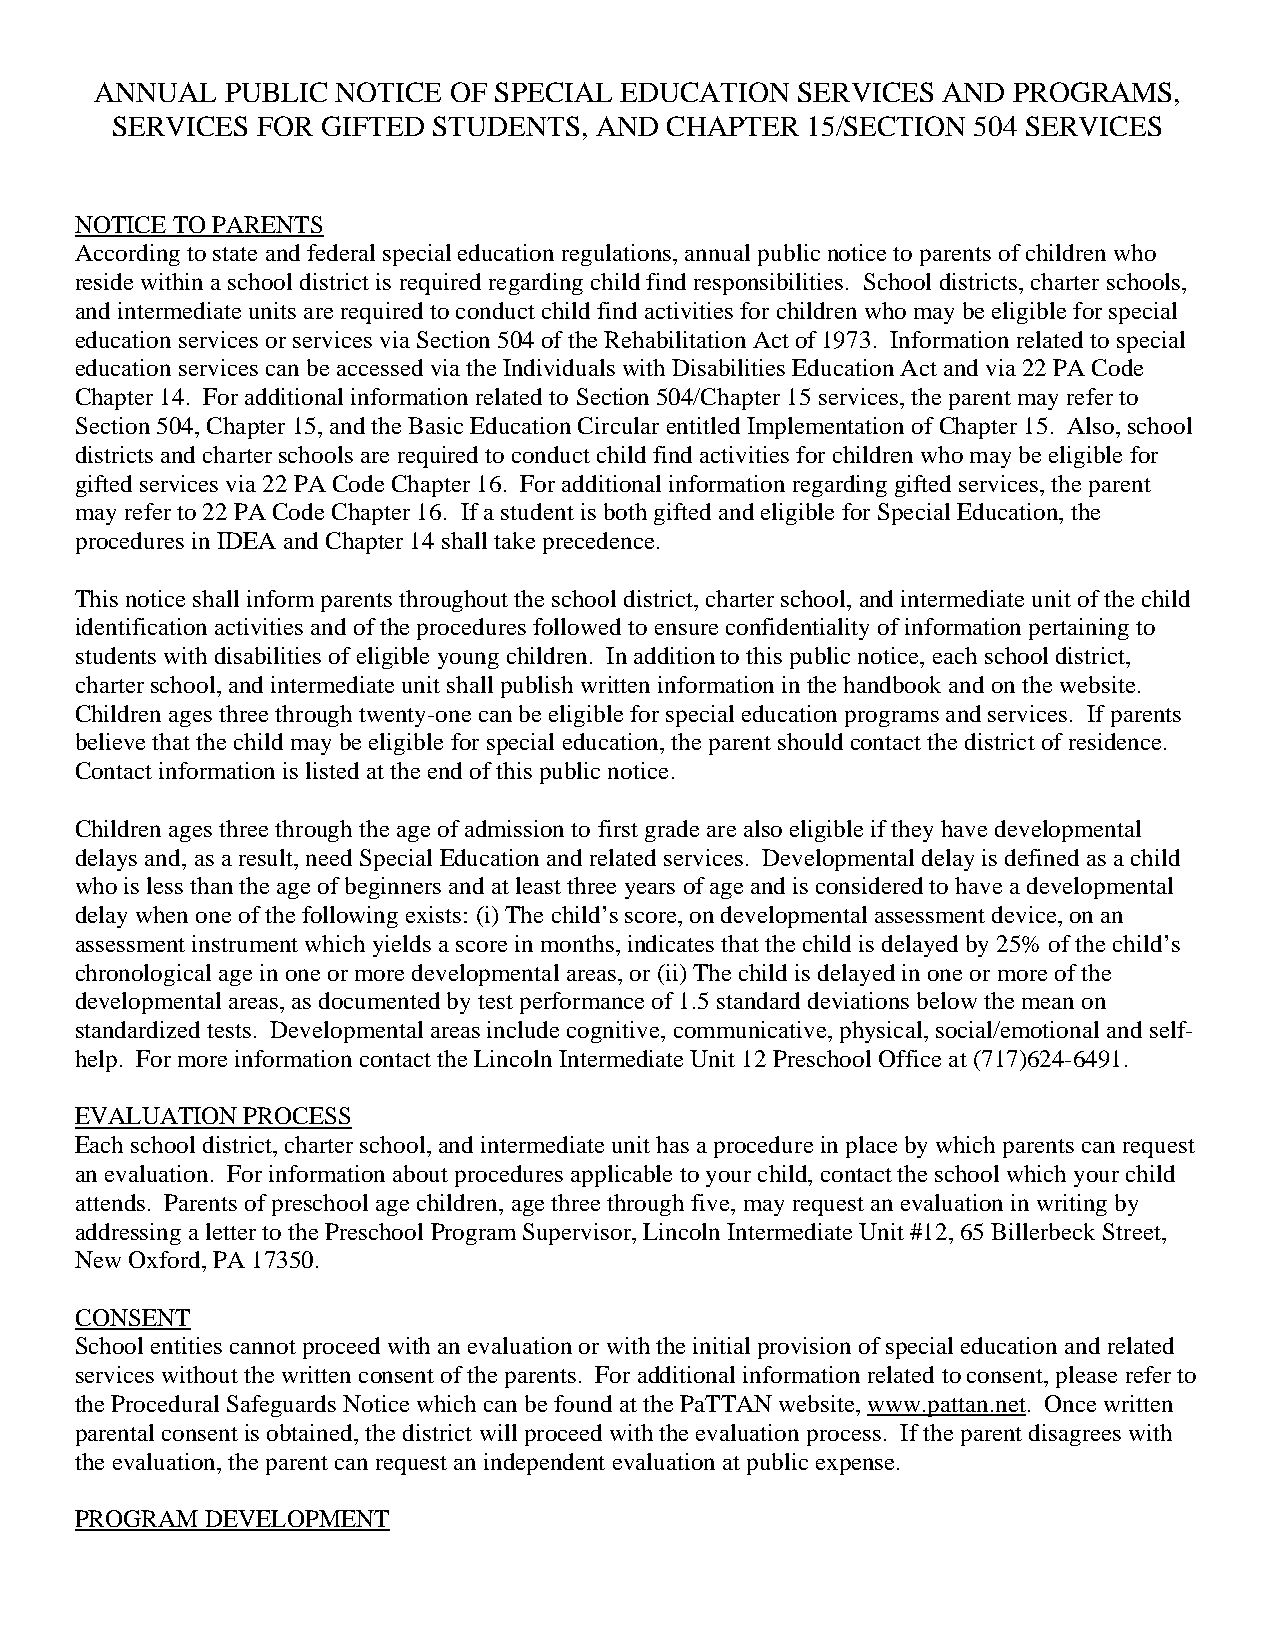
ANNUAL   PUBLIC NOTICE  OF SPECIAL EDUCATION   SERVICES AND  PROGRAMS,
 SERVICES  FOR GIFTED  STUDENTS, AND  CHAPTER  15/SECTION 504 SERVICES
 NOTICE TO PARENTS
 According to state and federal special education regulations, annual public notice to parents of children who
 reside within a school district is required regarding child find responsibilities. School districts, charter schools,
 and intermediate units are required to conduct child find activities for children who may be eligible for special
 education services or services via Section 504 of the Rehabilitation Act of 1973. Information related to special
 education services can be accessed via the Individuals with Disabilities Education Act and via 22 PA Code
 Chapter 14. For additional information related to Section 504/Chapter 15 services, the parent may refer to
 Section 504, Chapter 15, and the Basic Education Circular entitled Implementation of Chapter 15. Also, school
 districts and charter schools are required to conduct child find activities for children who may be eligible for
 gifted services via 22 PA Code Chapter 16. For additional information regarding gifted services, the parent
 may refer to 22 PA Code Chapter 16. If a student is both gifted and eligible for Special Education, the
 procedures in IDEA and Chapter 14 shall take precedence.
 This notice shall inform parents throughout the school district, charter school, and intermediate unit of the child
 identification activities and of the procedures followed to ensure confidentiality of information pertaining to
 students with disabilities of eligible young children. In addition to this public notice, each school district,
 charter school, and intermediate unit shall publish written information in the handbook and on the website.
 Children ages three through twenty-one can be eligible for special education programs and services. If parents
 believe that the child may be eligible for special education, the parent should contact the district of residence.
 Contact information is listed at the end of this public notice.
 Children ages three through the age of admission to first grade are also eligible if they have developmental
 delays and, as a result, need Special Education and related services. Developmental delay is defined as a child
 who is less than the age of beginners and at least three years of age and is considered to have a developmental
 delay when one of the following exists: (i) The child’s score, on developmental assessment device, on an
 assessment instrument which yields a score in months, indicates that the child is delayed by 25% of the child’s
 chronological age in one or more developmental areas, or (ii) The child is delayed in one or more of the
 developmental areas, as documented by test performance of 1.5 standard deviations below the mean on
 standardized tests. Developmental areas include cognitive, communicative, physical, social/emotional and self-
 help. For more information contact the Lincoln Intermediate Unit 12 Preschool Office at (717)624-6491.
 EVALUATION PROCESS
 Each school district, charter school, and intermediate unit has a procedure in place by which parents can request
 an evaluation. For information about procedures applicable to your child, contact the school which your child
 attends. Parents of preschool age children, age three through five, may request an evaluation in writing by
 addressing a letter to the Preschool Program Supervisor, Lincoln Intermediate Unit #12, 65 Billerbeck Street,
 New Oxford, PA 17350.
 CONSENT
 School entities cannot proceed with an evaluation or with the initial provision of special education and related
 services without the written consent of the parents. For additional information related to consent, please refer to
 the Procedural Safeguards Notice which can be found at the PaTTAN website, www.pattan.net. Once written
 parental consent is obtained, the district will proceed with the evaluation process. If the parent disagrees with
 the evaluation, the parent can request an independent evaluation at public expense.
 PROGRAM  DEVELOPMENT